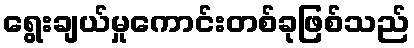
ရွေးချယ်မှုကောင်းတစ်ခုဖြစ်သည်